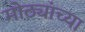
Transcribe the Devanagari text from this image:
मोठ्यांच्या